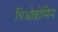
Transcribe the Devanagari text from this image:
थिओब्रोमिन